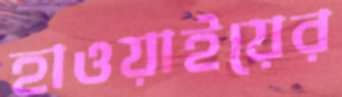
হাওয়াইয়ের